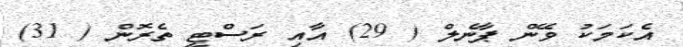
އެކަމަކު ވޭން ޕާނެލް ( 29) އާއި ރަސްޓީ ތެރޮން ( 31)